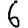
Digit: 6